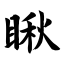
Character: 瞅